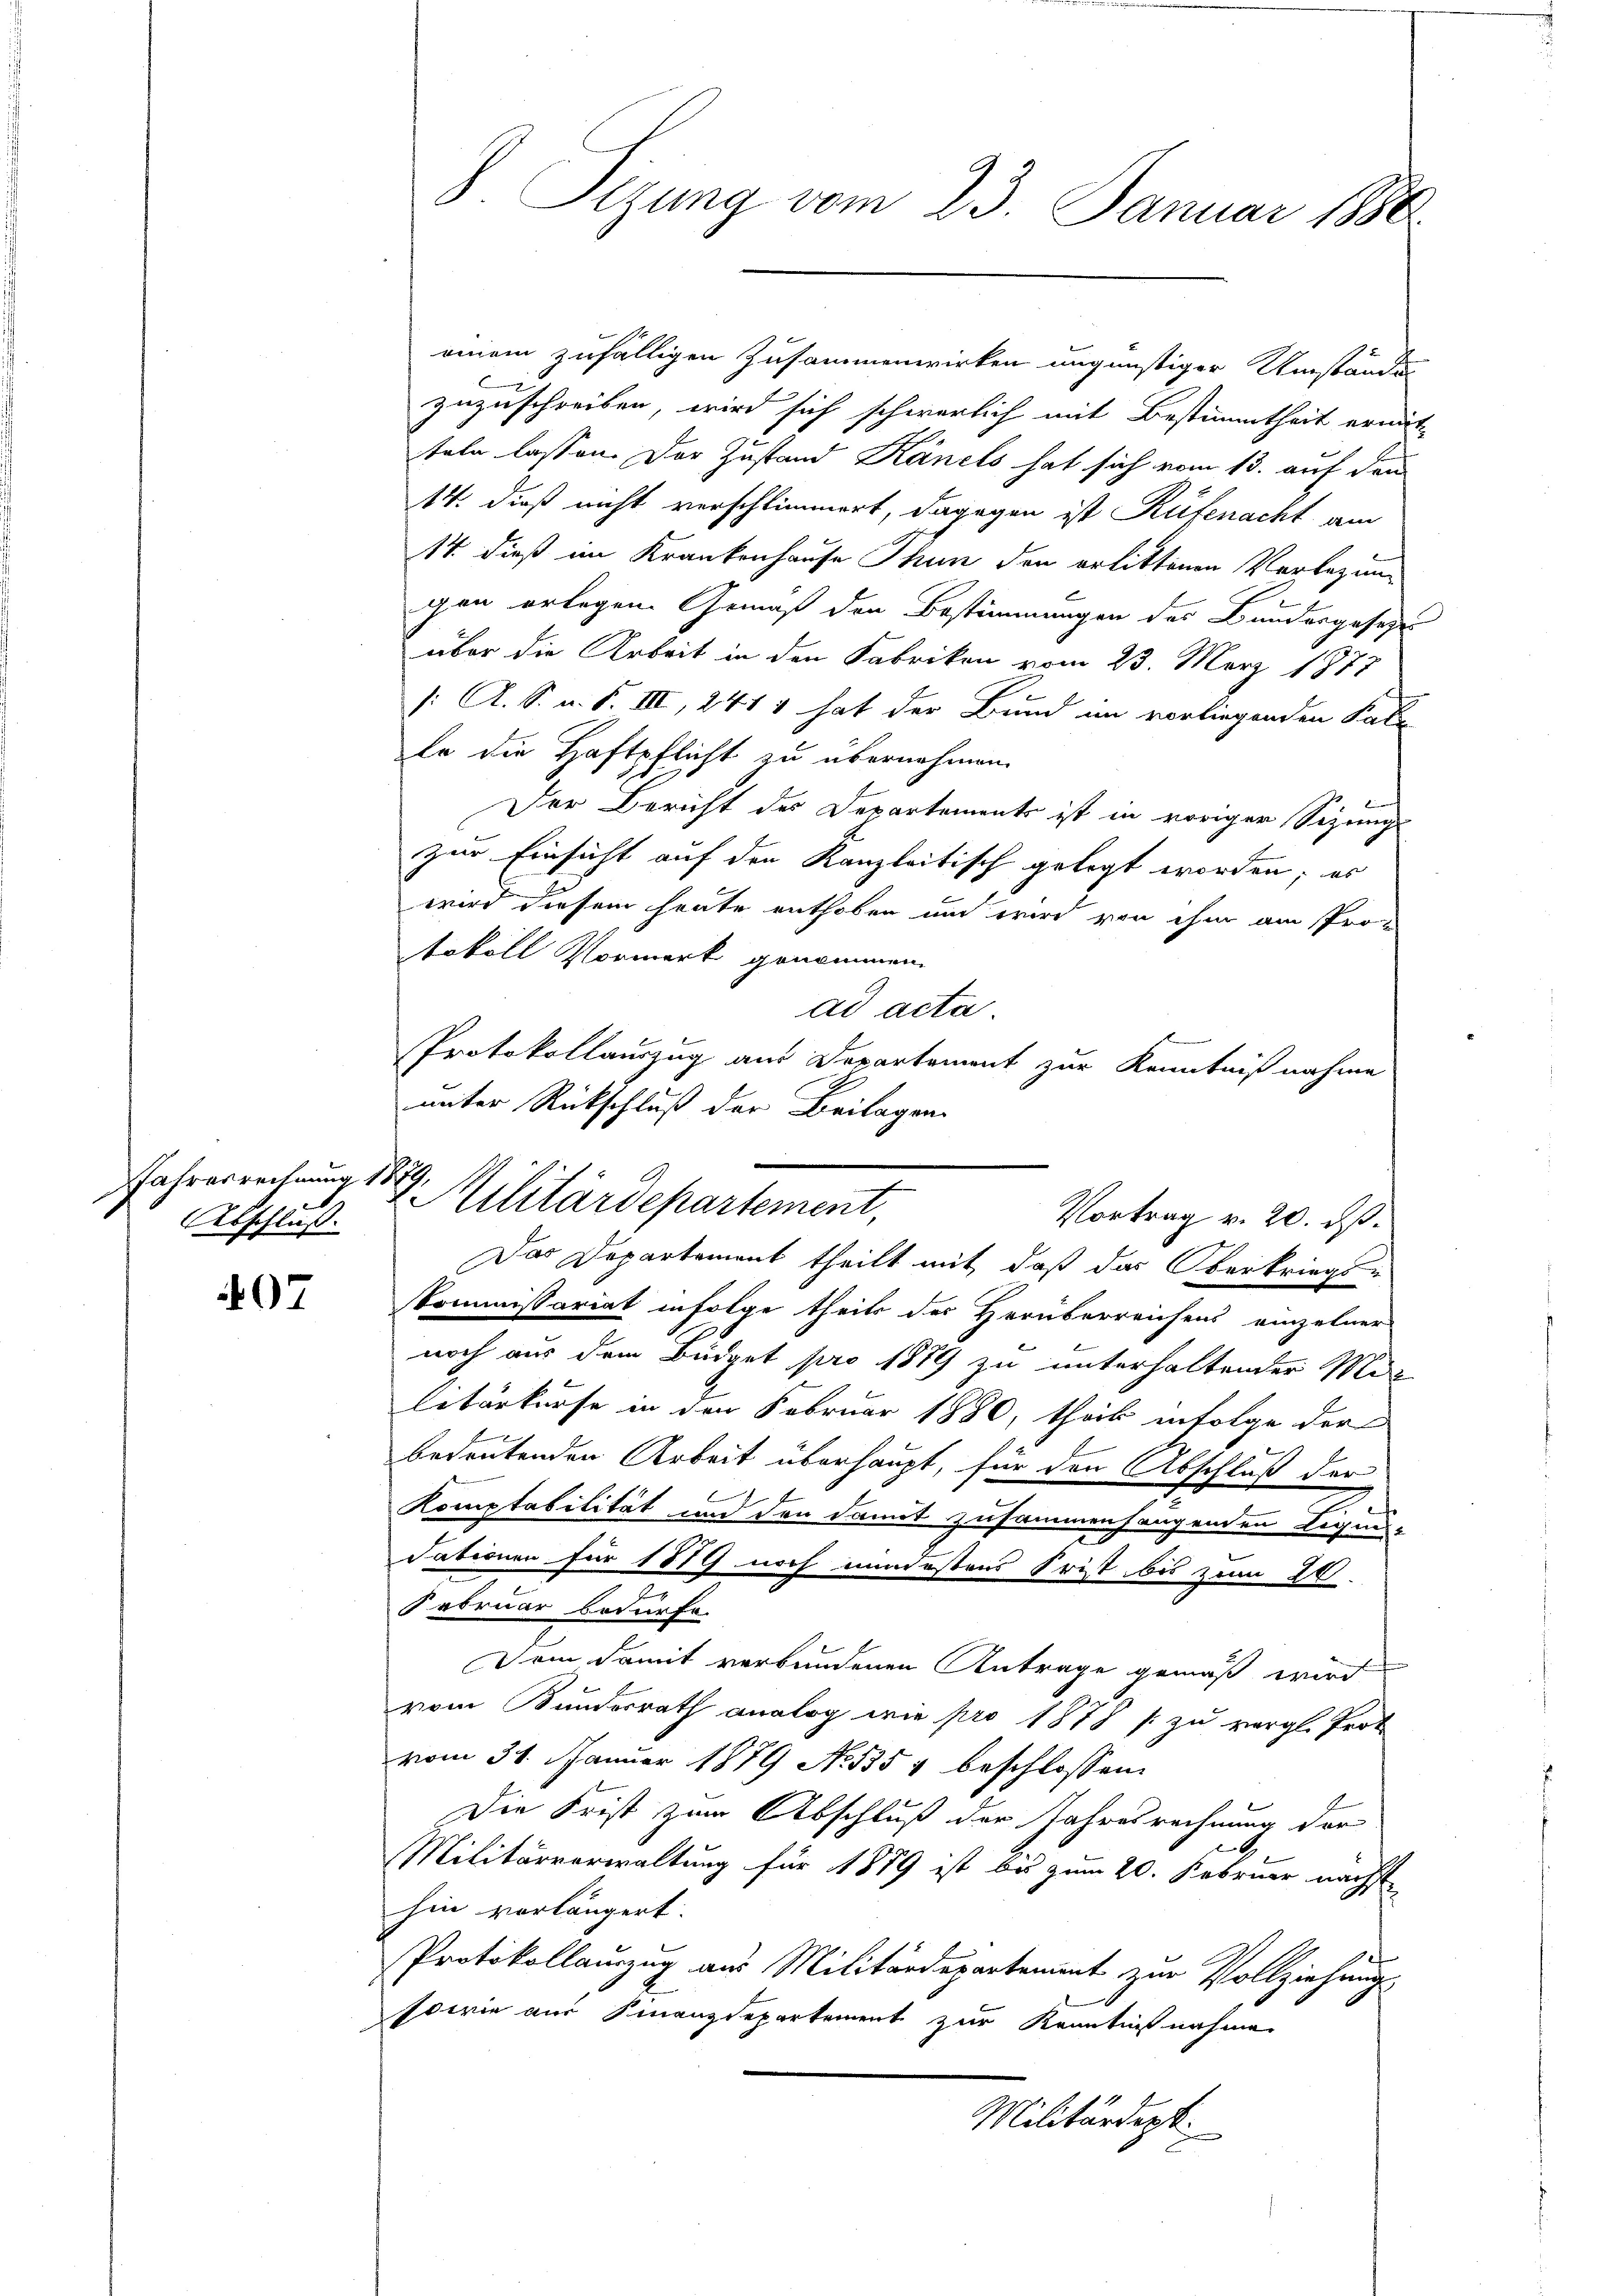
Jahresrechnung 184
Abschluß.

97

einem zufälligen Zusammenwirken ungünstiger Umständun
zuzuschreiben, wird sich schwerlich mit Bestimmtheit ernät-
teln lassen. Der Zustand Känels hat sich vom 13. auf den
14. dieß nicht verschlimmert, dagegen ist Rüfenacht am
14. dieß im Krankenhause Thun den erlittenen Verbezug
gen erlegen. Gemäß den Bestimmungen des Bundesgesezt
über die Arbeit in den Fabrikon vom 23. März 1877
/: A. S. u. S. III, 241 & hat der Bund im vorliegenden Kal-
le die Haftpflicht zu übernehmen.
Der Bericht des Departements ist in vorigen Sizungs
zur Einsicht auf den Kanzleitisch gelegt worden; es
wird diesem heute enthoben und wird von ihm am Protokoll Vormerk genommen.
ad acta.
Protokollauszug aus Departement zur Kenntnißnahme
unter Rückschluß der Beilagen.
Das Departement theilt mit daß das Oberkriegs-
Kommissariat infolge theils der Herüberreichens einzelner
noch aus dem Büdget pro 1879 zu unterhaltender Mag
litärkurse in den Februar 1880, theil infolge der
bedeutenden Arbeit überhaupt, für den Abschluß der
Komptabilität und den damit zusammenhangenden Ligens-
dationen für 1879 noch mindestens Frist bis zum 20.
Februar bedürfe.
Vom damit verbundenen Antrage gemäß wird
vom Bundesrath analog wie pro 1878 / zu vergl. Prot
vom 31. Januar 1879 No 1354 beschlossen:
Die Frist zum Abschluß der Jahresrechnung der
Militärverwaltung für 1889 ist bis zum 20. Februar nächst
hin vorlängert.
Protokollamzug aus Militärdepartement zur Vollziehung
sowie aus Finanzdepartement zur Kenntnißnahme
Militärdept.

8 Sizung vom 23. Januar 1880

Militärdepartement,
Vortrag v. 20. ds.